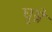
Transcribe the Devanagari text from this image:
घुम्ने